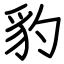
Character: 豹